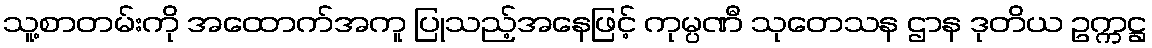
သူ့စာတမ်းကို အထောက်အကူ ပြုသည့်အနေဖြင့် ကုမ္ပဏီ သုတေသန ဌာန ဒုတိယ ဥက္ကဋ္ဌ